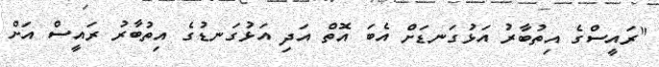
"ރައީސްގެ އިތުބާރު އަޅުގަނޑަށް އެބަ އޮތް އަދި އަޅުގަނޑުގެ އިތުބާރު ރައީސް އަށް